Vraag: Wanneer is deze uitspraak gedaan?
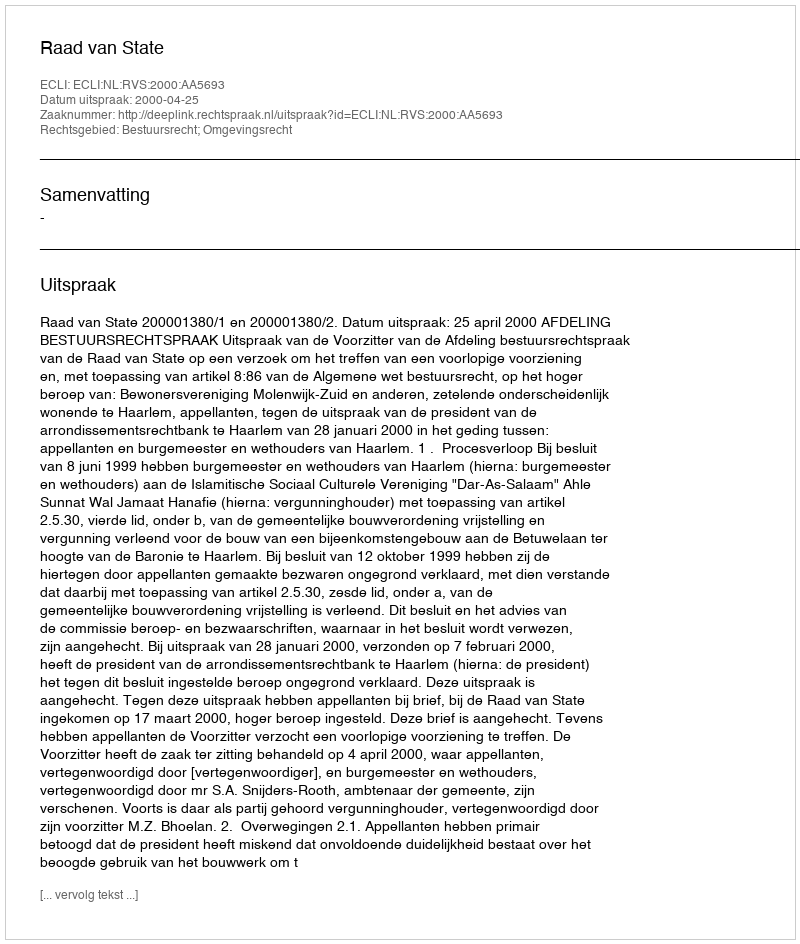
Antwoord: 2000-04-25